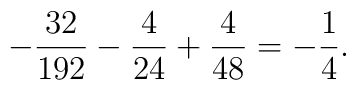
-\frac{32}{192} -\frac{4}{24} +\frac{4}{48} = -\frac{1}{4}.